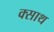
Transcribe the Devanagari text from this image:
क्साथ